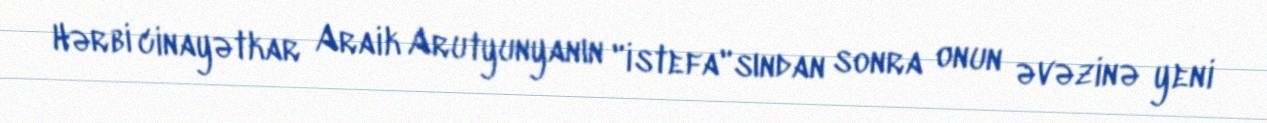
Hərbi cinayətkar Araik Arutyunyanın "istefa"sından sonra onun əvəzinə yeni